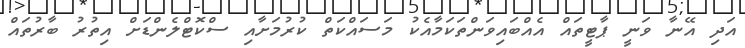
އަދި އޭނާ ވަނީ ޕާޓީތައް އެއްބައިިވަންތަކަމާއެކު މަސައްކަތް ކުރުމަށާއި ސްކޮޓްލެންޑަށް އިތުރު ބާރުތައް